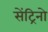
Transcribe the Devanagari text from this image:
सेंट्रिनो